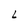
Character: L